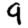
Digit: 9